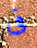
فى